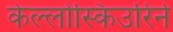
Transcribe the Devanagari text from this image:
केल्लोस्किउरिने